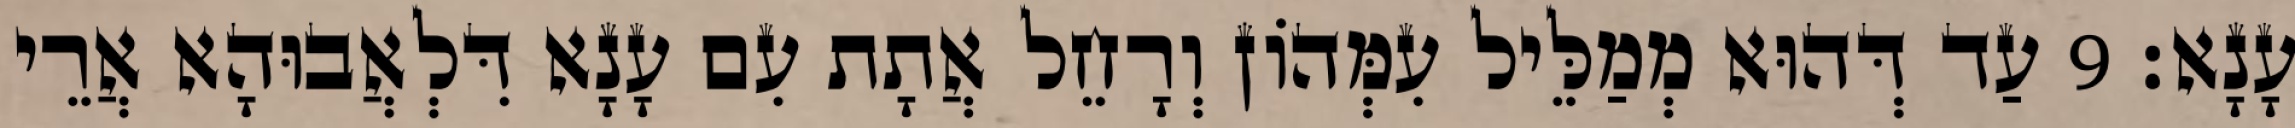
עָנָא׃ 9 עַד דְּהוּא מְמַלֵּיל עִמְּהוֹן וְרָחֵל אֲתָת עִם עָנָא דִּלְאֲבוּהָא אֲרֵי